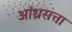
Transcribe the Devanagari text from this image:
आंध्रसत्ता